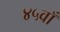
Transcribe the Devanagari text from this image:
४५वाँ